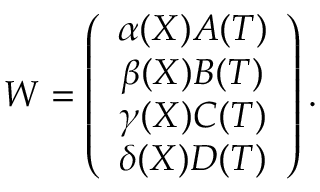
W = \left( \begin{array} { c } { { \alpha ( X ) A ( T ) } } \\ { { \beta ( X ) B ( T ) } } \\ { { \gamma ( X ) C ( T ) } } \\ { { \delta ( X ) D ( T ) } } \end{array} \right) .